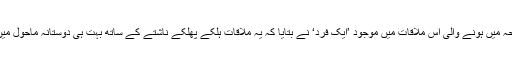
تاہم دوحہ میں ہونے والی اس ملاقات میں موجود ’ایک فرد‘ نے بتایا کہ یہ ملاقات ہلکے پھلکے ناشتے کے ساتھ بہت ہی دوستانہ ماحول میں ہوئی۔